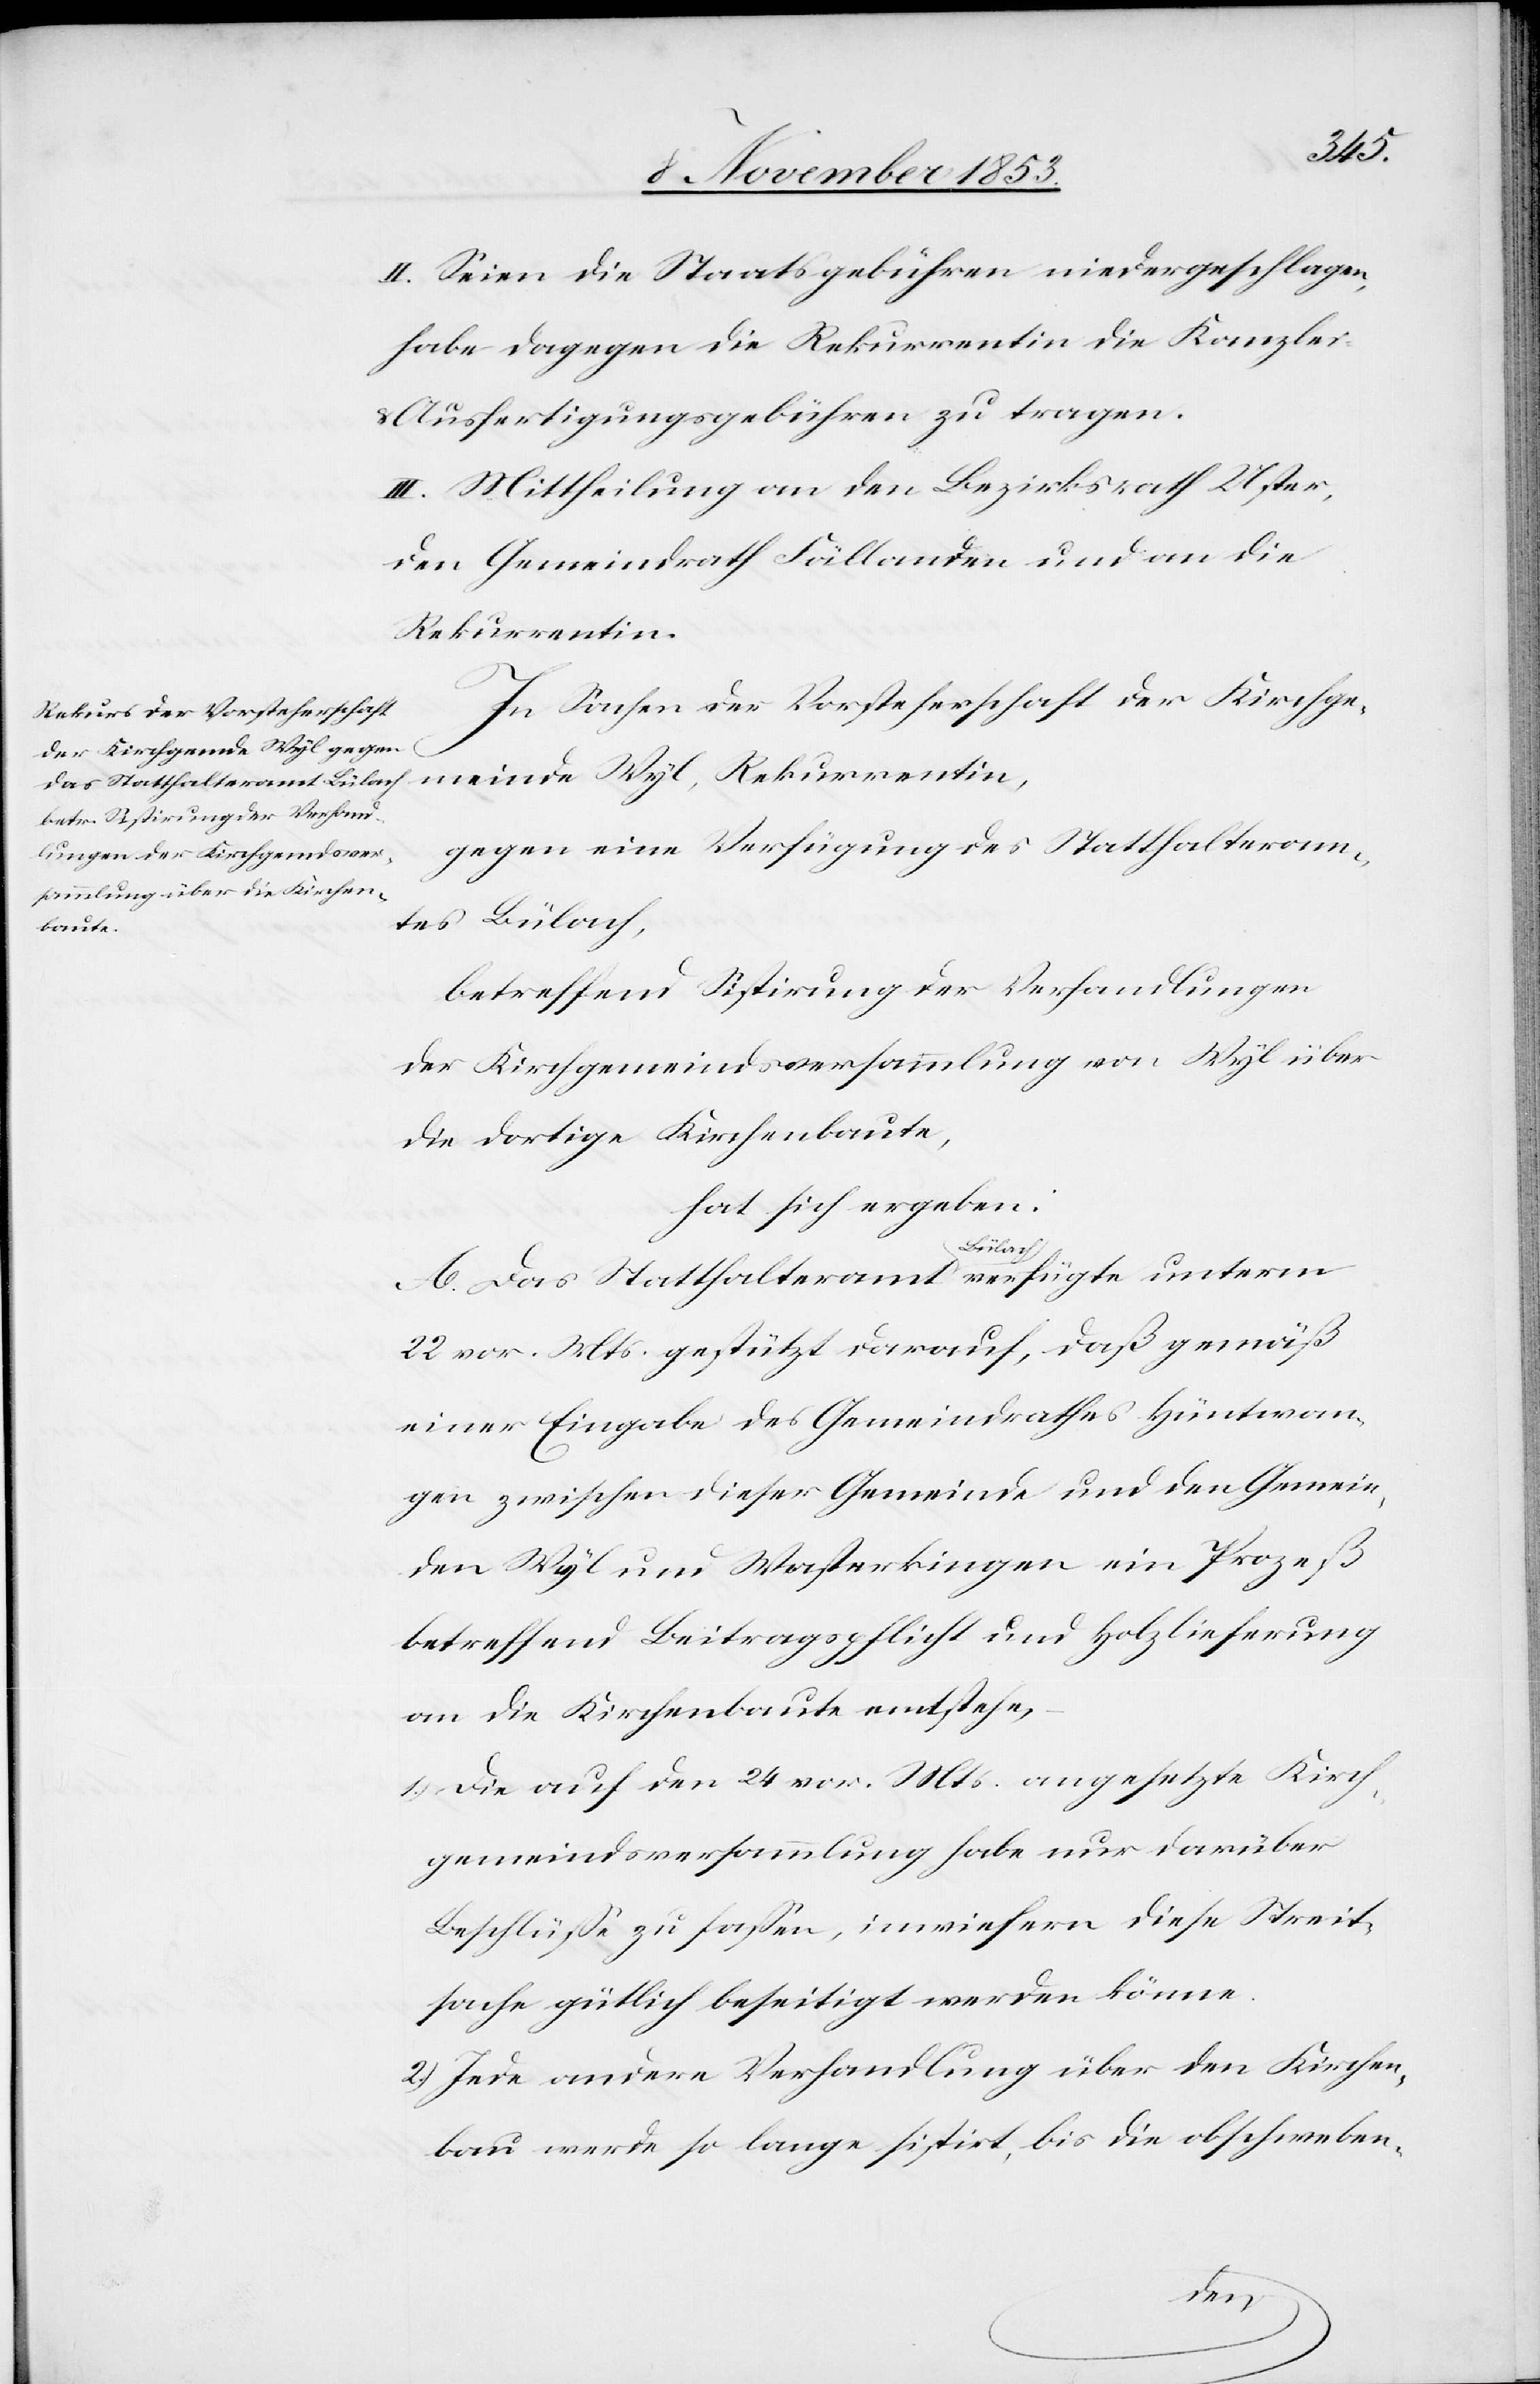
Das Statthalteramt Bülach

unterm
II. Seien die Staatsgebühren niedergeschlagen,
habe dagegen die Rekurrentin die Kanzlei-
Ausfertigungsgebühren zu tragen.
III. Mittheilung an den Bezirksrath Uster,
den Gemeindrath Fällanden und an die
Rekurrenten.
In Sachen der Vorsteherschaft der Kirchge¬
meinde Wyl, Rekurrentin,
gegen eine Verfügung des Statthalteram¬
tes Bülach,
betreffend Sistirung der Verhandlungen
der Kirchgemeindsversammlung von Wyl über
die dortige Kirchenbaute,
hat sich ergeben:
22 vor. Mts. gestützt darauf, daß gemäß
einer Eingabe des Gemeindrathes Hüntwan¬
gen zwischen dieser Gemeinde und den Gemein¬
den Wyl und Wasterkingen ein Prozeß
betreffend Beitragspflicht und Holzlieferung
an die Kirchenbaute entstehe,
1.) Die auf den 24 vor. Mts. angesetzte Kirch¬
gemeindsversammlung habe nur darüber
Beschlüsse zu faßen, inwiefern diese Streit¬
sache gütlich beseitigt werden könne.
2.) Jede andere Verhandlung über den Kirchen¬
bau werde so lange sistirt, bis die obschweben-